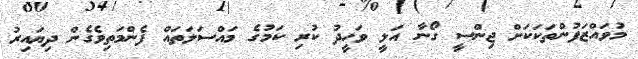
މުވައްޒަފުންތަކަކަށް ޖިންސީ ގޯނާ އަލީ ވަހީދު ކުރި ކަމުގެ މައްސަލަތައް ފެންމަތިވެގެން ދިޔައިރު